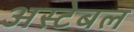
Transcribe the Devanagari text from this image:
अस्टेबल